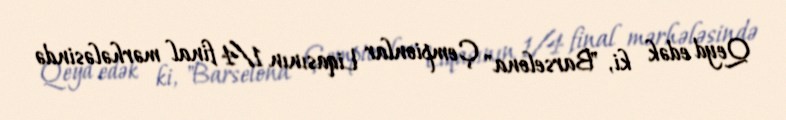
Qeyd edək ki, "Barselona" Çempionlar Liqasının 1/4 final mərhələsində